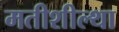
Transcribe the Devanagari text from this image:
मतीशील्था